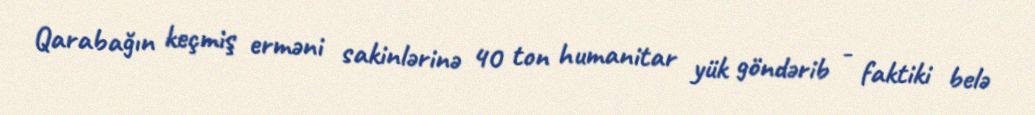
Qarabağın keçmiş erməni sakinlərinə 40 ton humanitar yük göndərib - faktiki belə